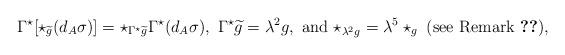
LaTeX: \begin{align*} \Gamma^{\star}[\star_{\widetilde{g}}(d_{A}\sigma)]=\star_{\Gamma^{\star}\widetilde{g}} \Gamma^{\star}(d_{A}\sigma),\ \Gamma^{\star}\widetilde{g}=\lambda^{2}g,\ \textrm{and}\ \star_{\lambda^{2}g}=\lambda^{5}\star_{g}\ (\textrm{see Remark}\ \ref{rmk linear algebra}),\end{align*}